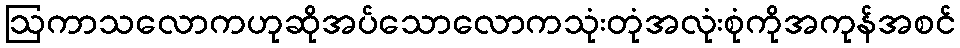
ဩကာသလောကဟုဆိုအပ်သောလောကသုံးတုံအလုံးစုံကိုအကုန်အစင်